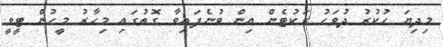
މިދިޔަ ހުކުރު ދުވަހު ރަކުޓެން އިން ބުނެފައިވާ ގޮތުގައި މިހާރު މީހުން ޓީވީ